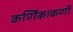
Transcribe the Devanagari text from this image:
कर्णिकाकर्णी